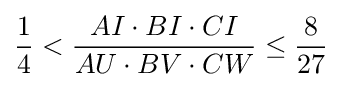
{\frac {1}{4}}<{\frac {AI\cdot BI\cdot CI}{AU\cdot BV\cdot CW}}\leq {\frac {8}{27}}